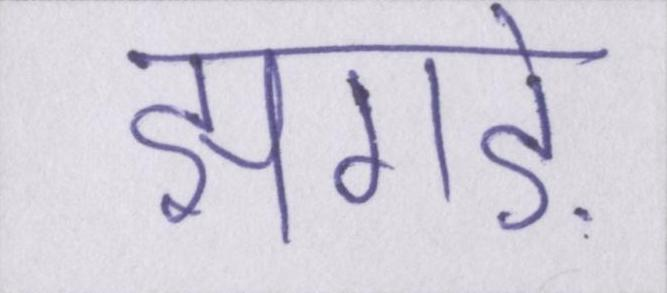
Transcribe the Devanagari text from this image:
झगड़े